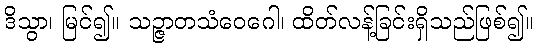
ဒိသွာ၊ မြင်၍။ သဉ္ဇာတသံဝေဂေါ၊ ထိတ်လန့်ခြင်းရှိသည်ဖြစ်၍။